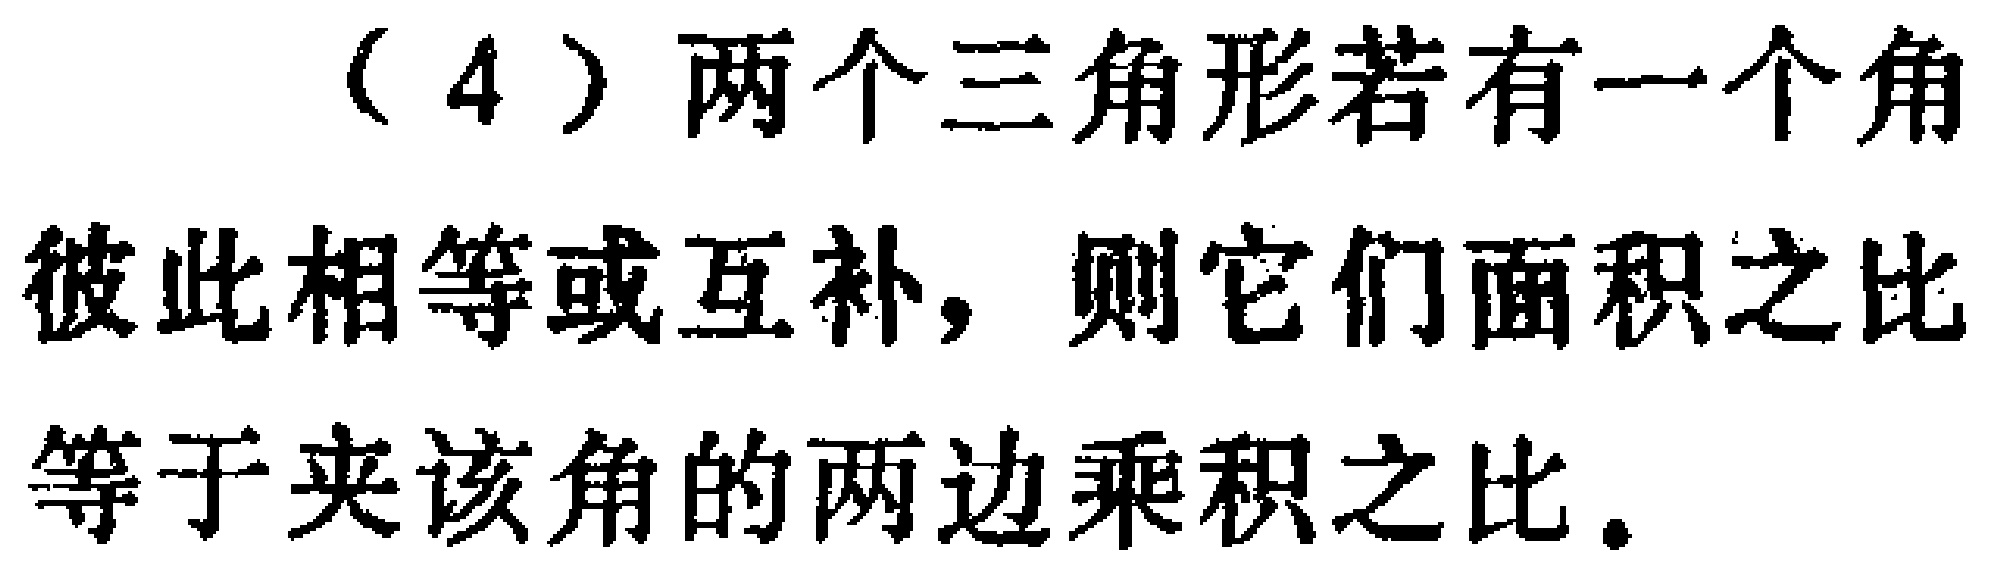
（4）两个三角形若有一个角彼此相等或互补，则它们面积之比等于夹该角的两边乘积之比。